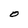
Character: O